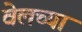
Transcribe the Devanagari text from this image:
वेलच्या